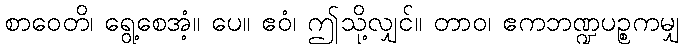
စာဝေတိ၊ ရွေ့စေအံ့။ ပေ။ ဧဝံ၊ ဤသို့လျှင်။ တာဝ၊ ဧကဘဏ္ဍပဉ္စကမျှ